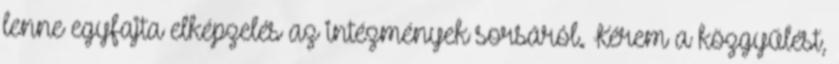
lenne egyfajta elképzelés az intézmények sorsáról. Kérem a közgyűlést,